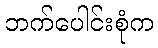
ဘက်ပေါင်းစုံက